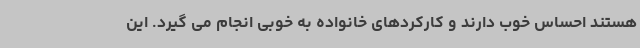
هستند احساس خوب دارند و کارکردهای خانواده به خوبی انجام می گیرد. این